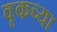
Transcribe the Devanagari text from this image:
वृकच्या